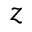
z